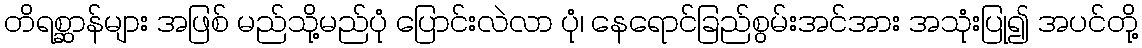
တိရစ္ဆာန်များ အဖြစ် မည်သို့မည်ပုံ ပြောင်းလဲလာ ပုံ၊ နေရောင်ခြည်စွမ်းအင်အား အသုံးပြု၍ အပင်တို့